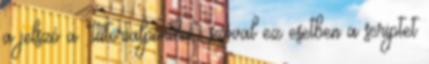
a jelszó a “tutorialponthu”, szóval ez esetben a scriptet